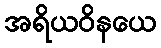
အရိယဝိနယေ